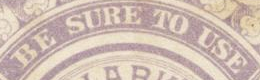
BE SURE TO USE